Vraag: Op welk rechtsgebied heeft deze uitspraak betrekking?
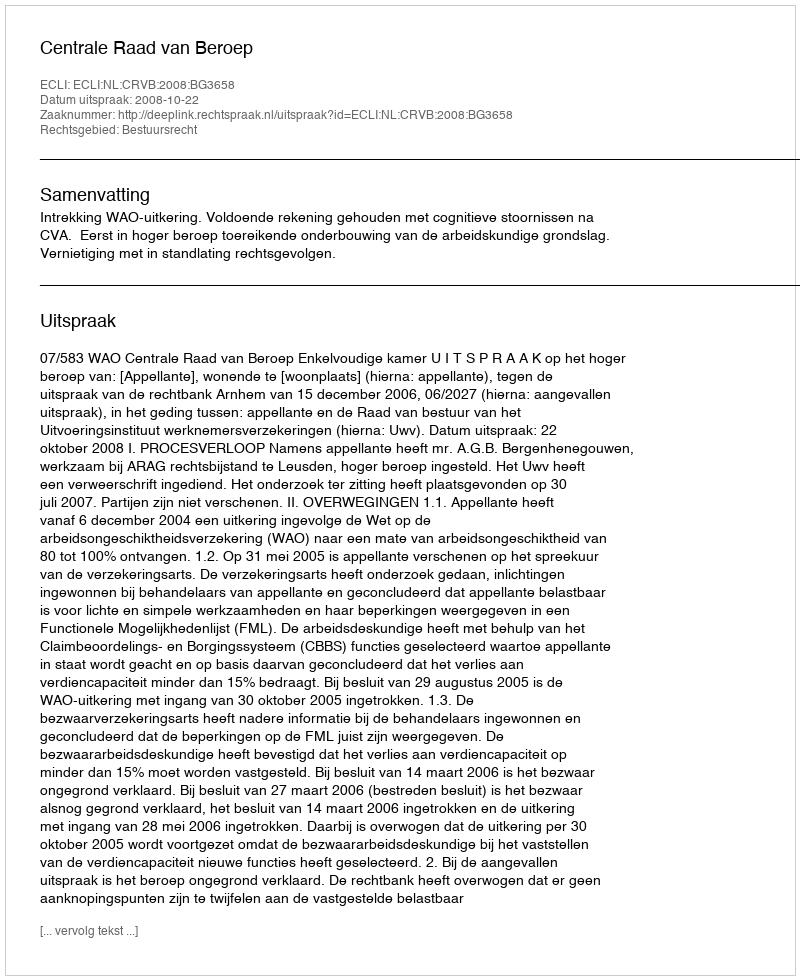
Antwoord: Bestuursrecht